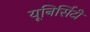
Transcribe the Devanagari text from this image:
यूनिर्सिटी